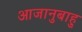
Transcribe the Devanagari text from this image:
आजानुबाहु